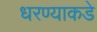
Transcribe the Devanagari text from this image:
धरण्याकडे